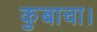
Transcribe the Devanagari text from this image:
कुबाचा।